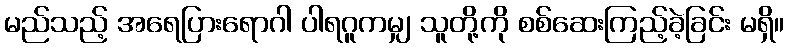
မည်သည့် အရေပြားရောဂါ ပါရဂူကမျှ သူတို့ကို စစ်ဆေးကြည့်ခဲ့ခြင်း မရှိ။